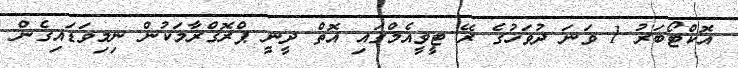
އޮކްޓޯބަރު 1 ވަނަ ދުވަހުގެ ރޭ ޓީވީއެމްގައި އޮތް ދީނީ ޕްރޮގްރާމަކުން ނިމިވަޑައިގެން